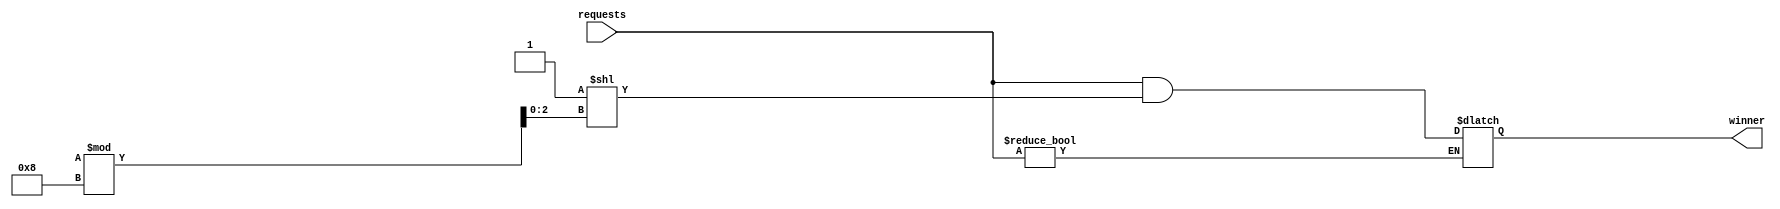
module random_arbiter (
    input wire [7:0] requests,
    output wire [7:0] winner
);

reg [7:0] priority_levels;
reg [2:0] selected_request;
reg [7:0] last_winner;

always @* begin
    // Assign predefined priority levels
    priority_levels[0] = 3;
    priority_levels[1] = 2;
    priority_levels[2] = 1;
    priority_levels[3] = 0;
    priority_levels[4] = 0;
    priority_levels[5] = 1;
    priority_levels[6] = 2;
    priority_levels[7] = 3;
    
    // Random selection logic
    if (requests != 8'b0) begin
        selected_request = $random % 8;
        winner = requests & (1 << selected_request);
        if (priority_levels[selected_request] == priority_levels[selected_request + 1] && selected_request != last_winner) begin
            selected_request = $random % 8;
            winner = requests & (1 << selected_request);
        end
    end
    last_winner = selected_request;
end

endmodule